Trukikaitis_Postimees, lk 67
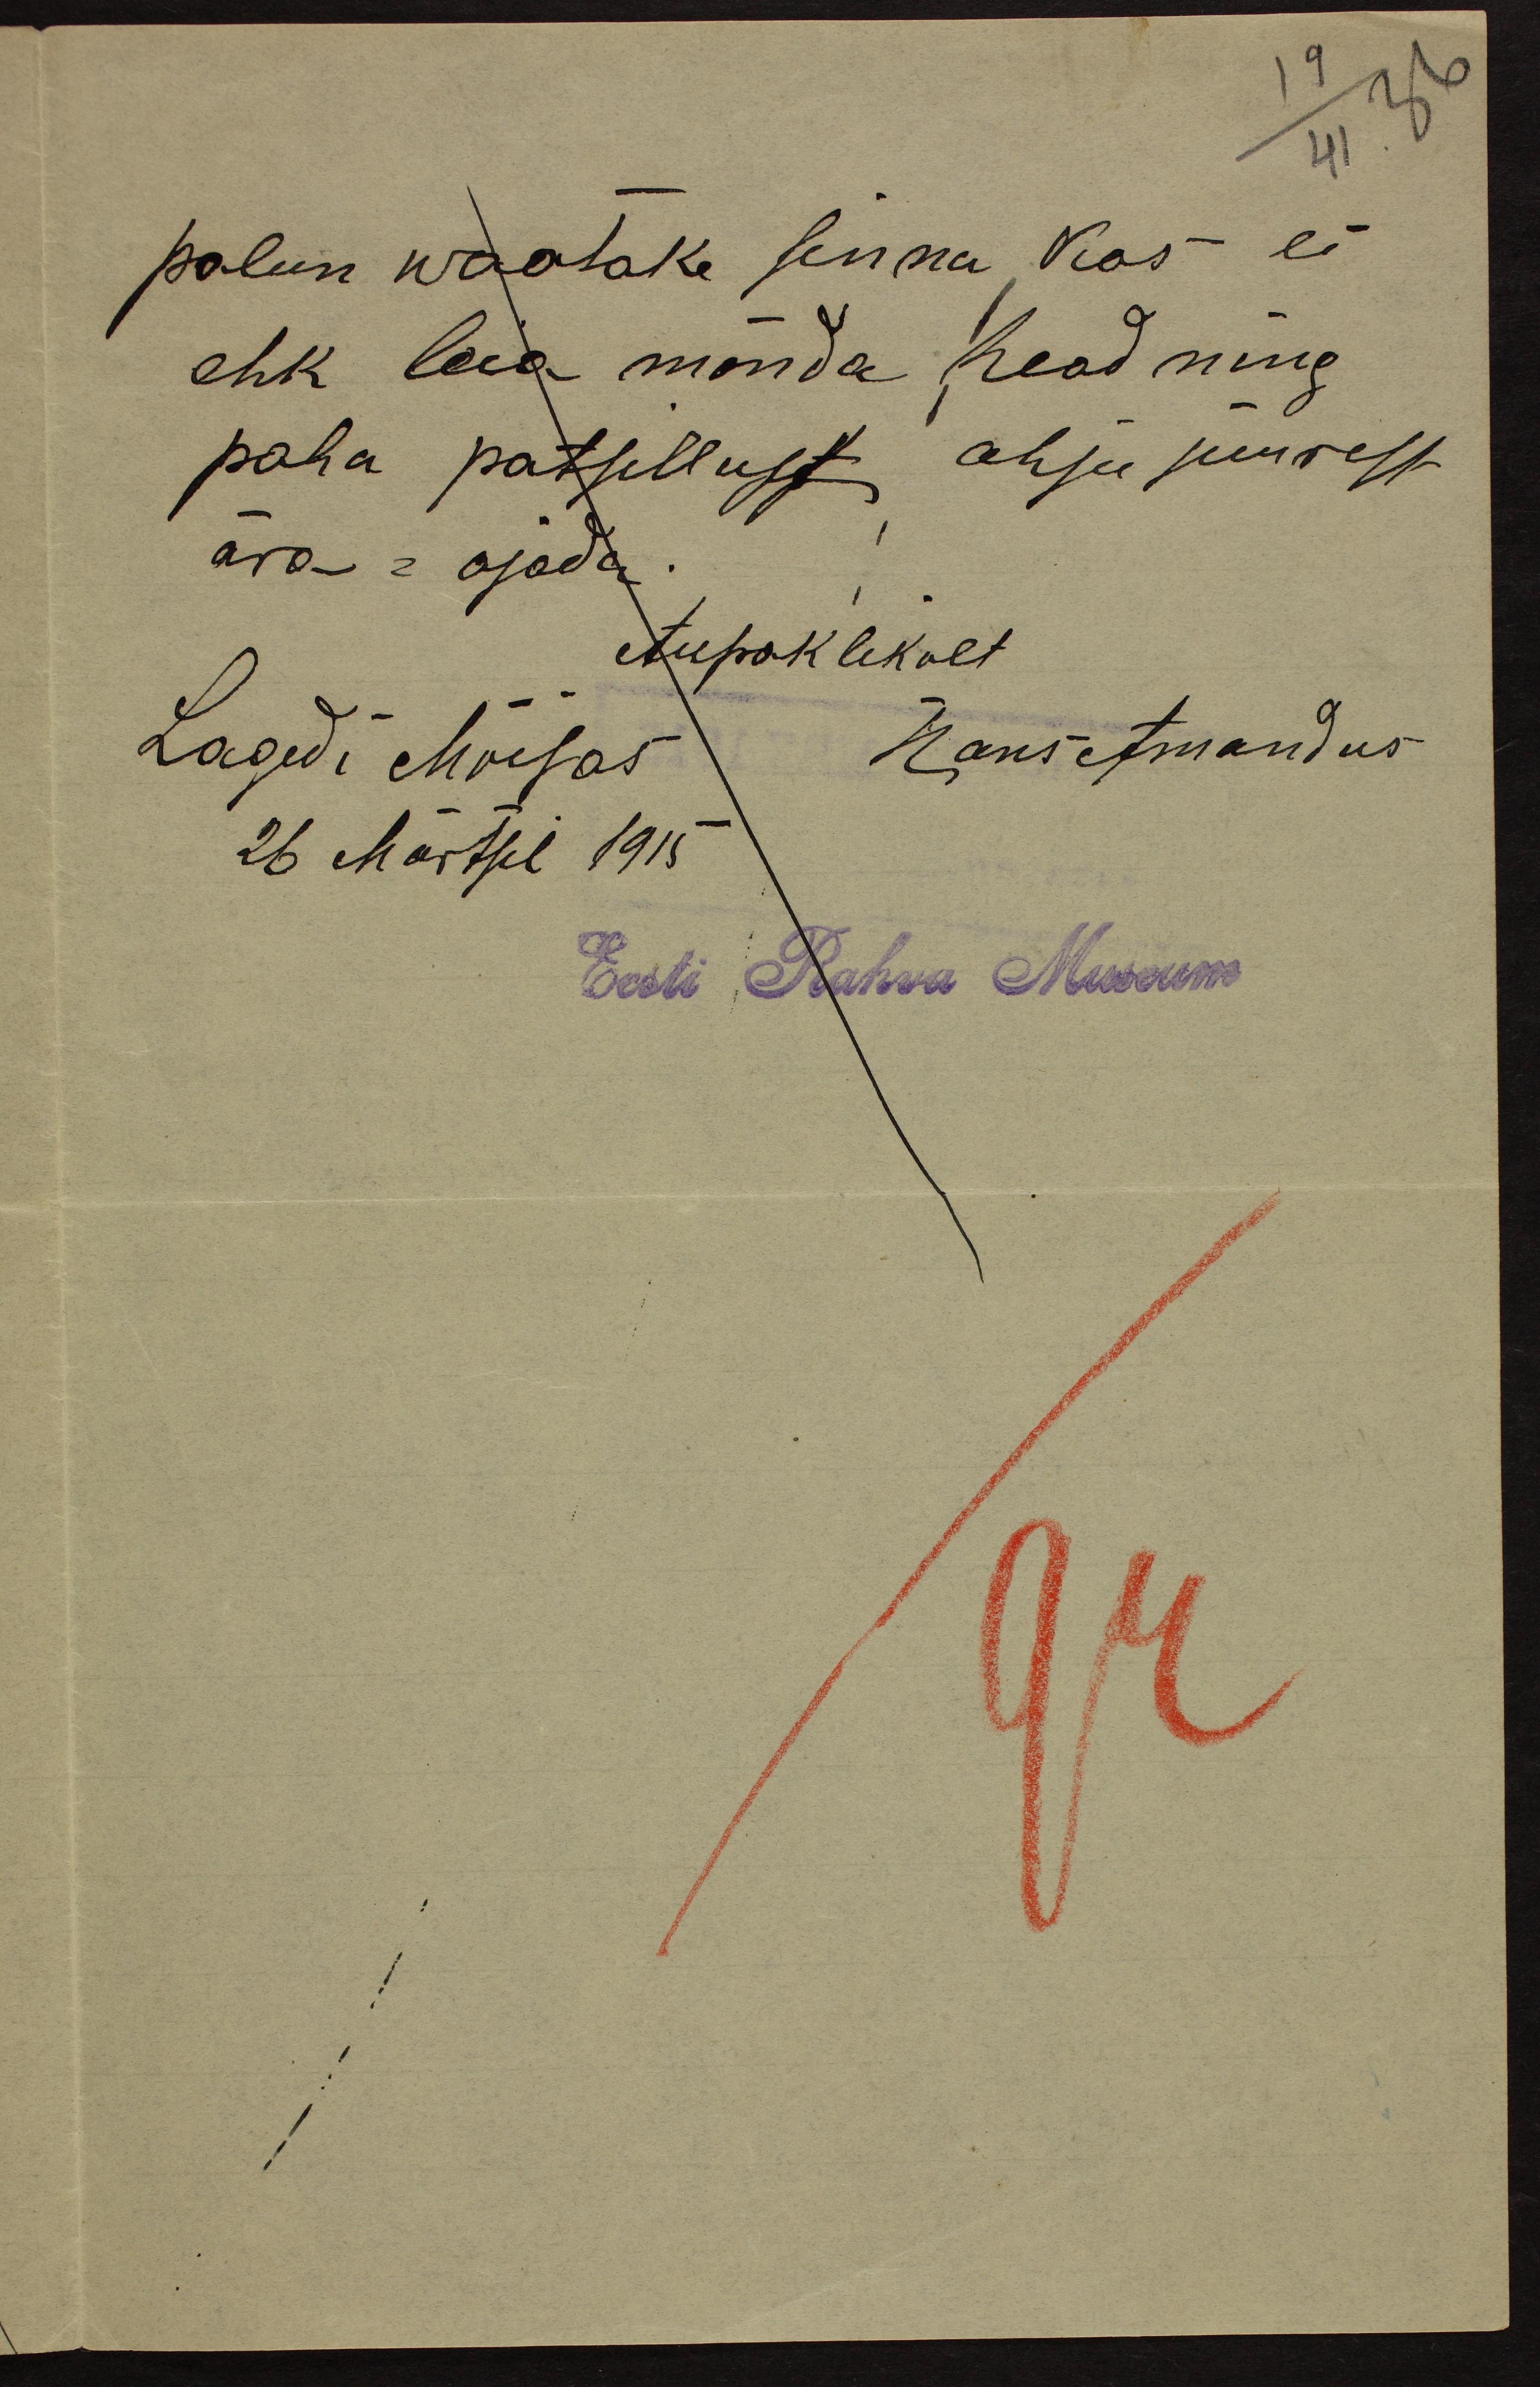
19
41. 36
palun waatake sinna, kas ei
ehk leia mõnda head ning
paha patsillust ahju juurest
ära-ajada.
Aupaklikult
Lagedi Mõisas Hans Amandus
26 Märtsil 1915
Eesti Rahva Museum